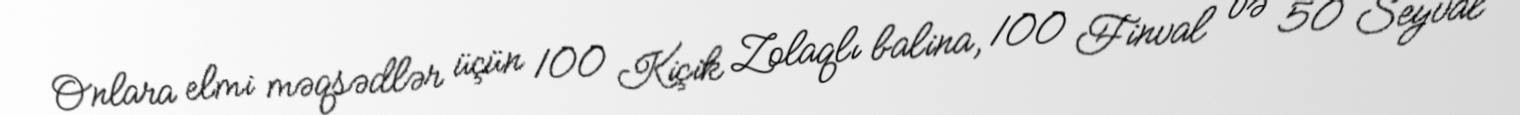
Onlara elmi məqsədlər üçün 100 Kiçik Zolaqlı balina, 100 Finval və 50 Seyval